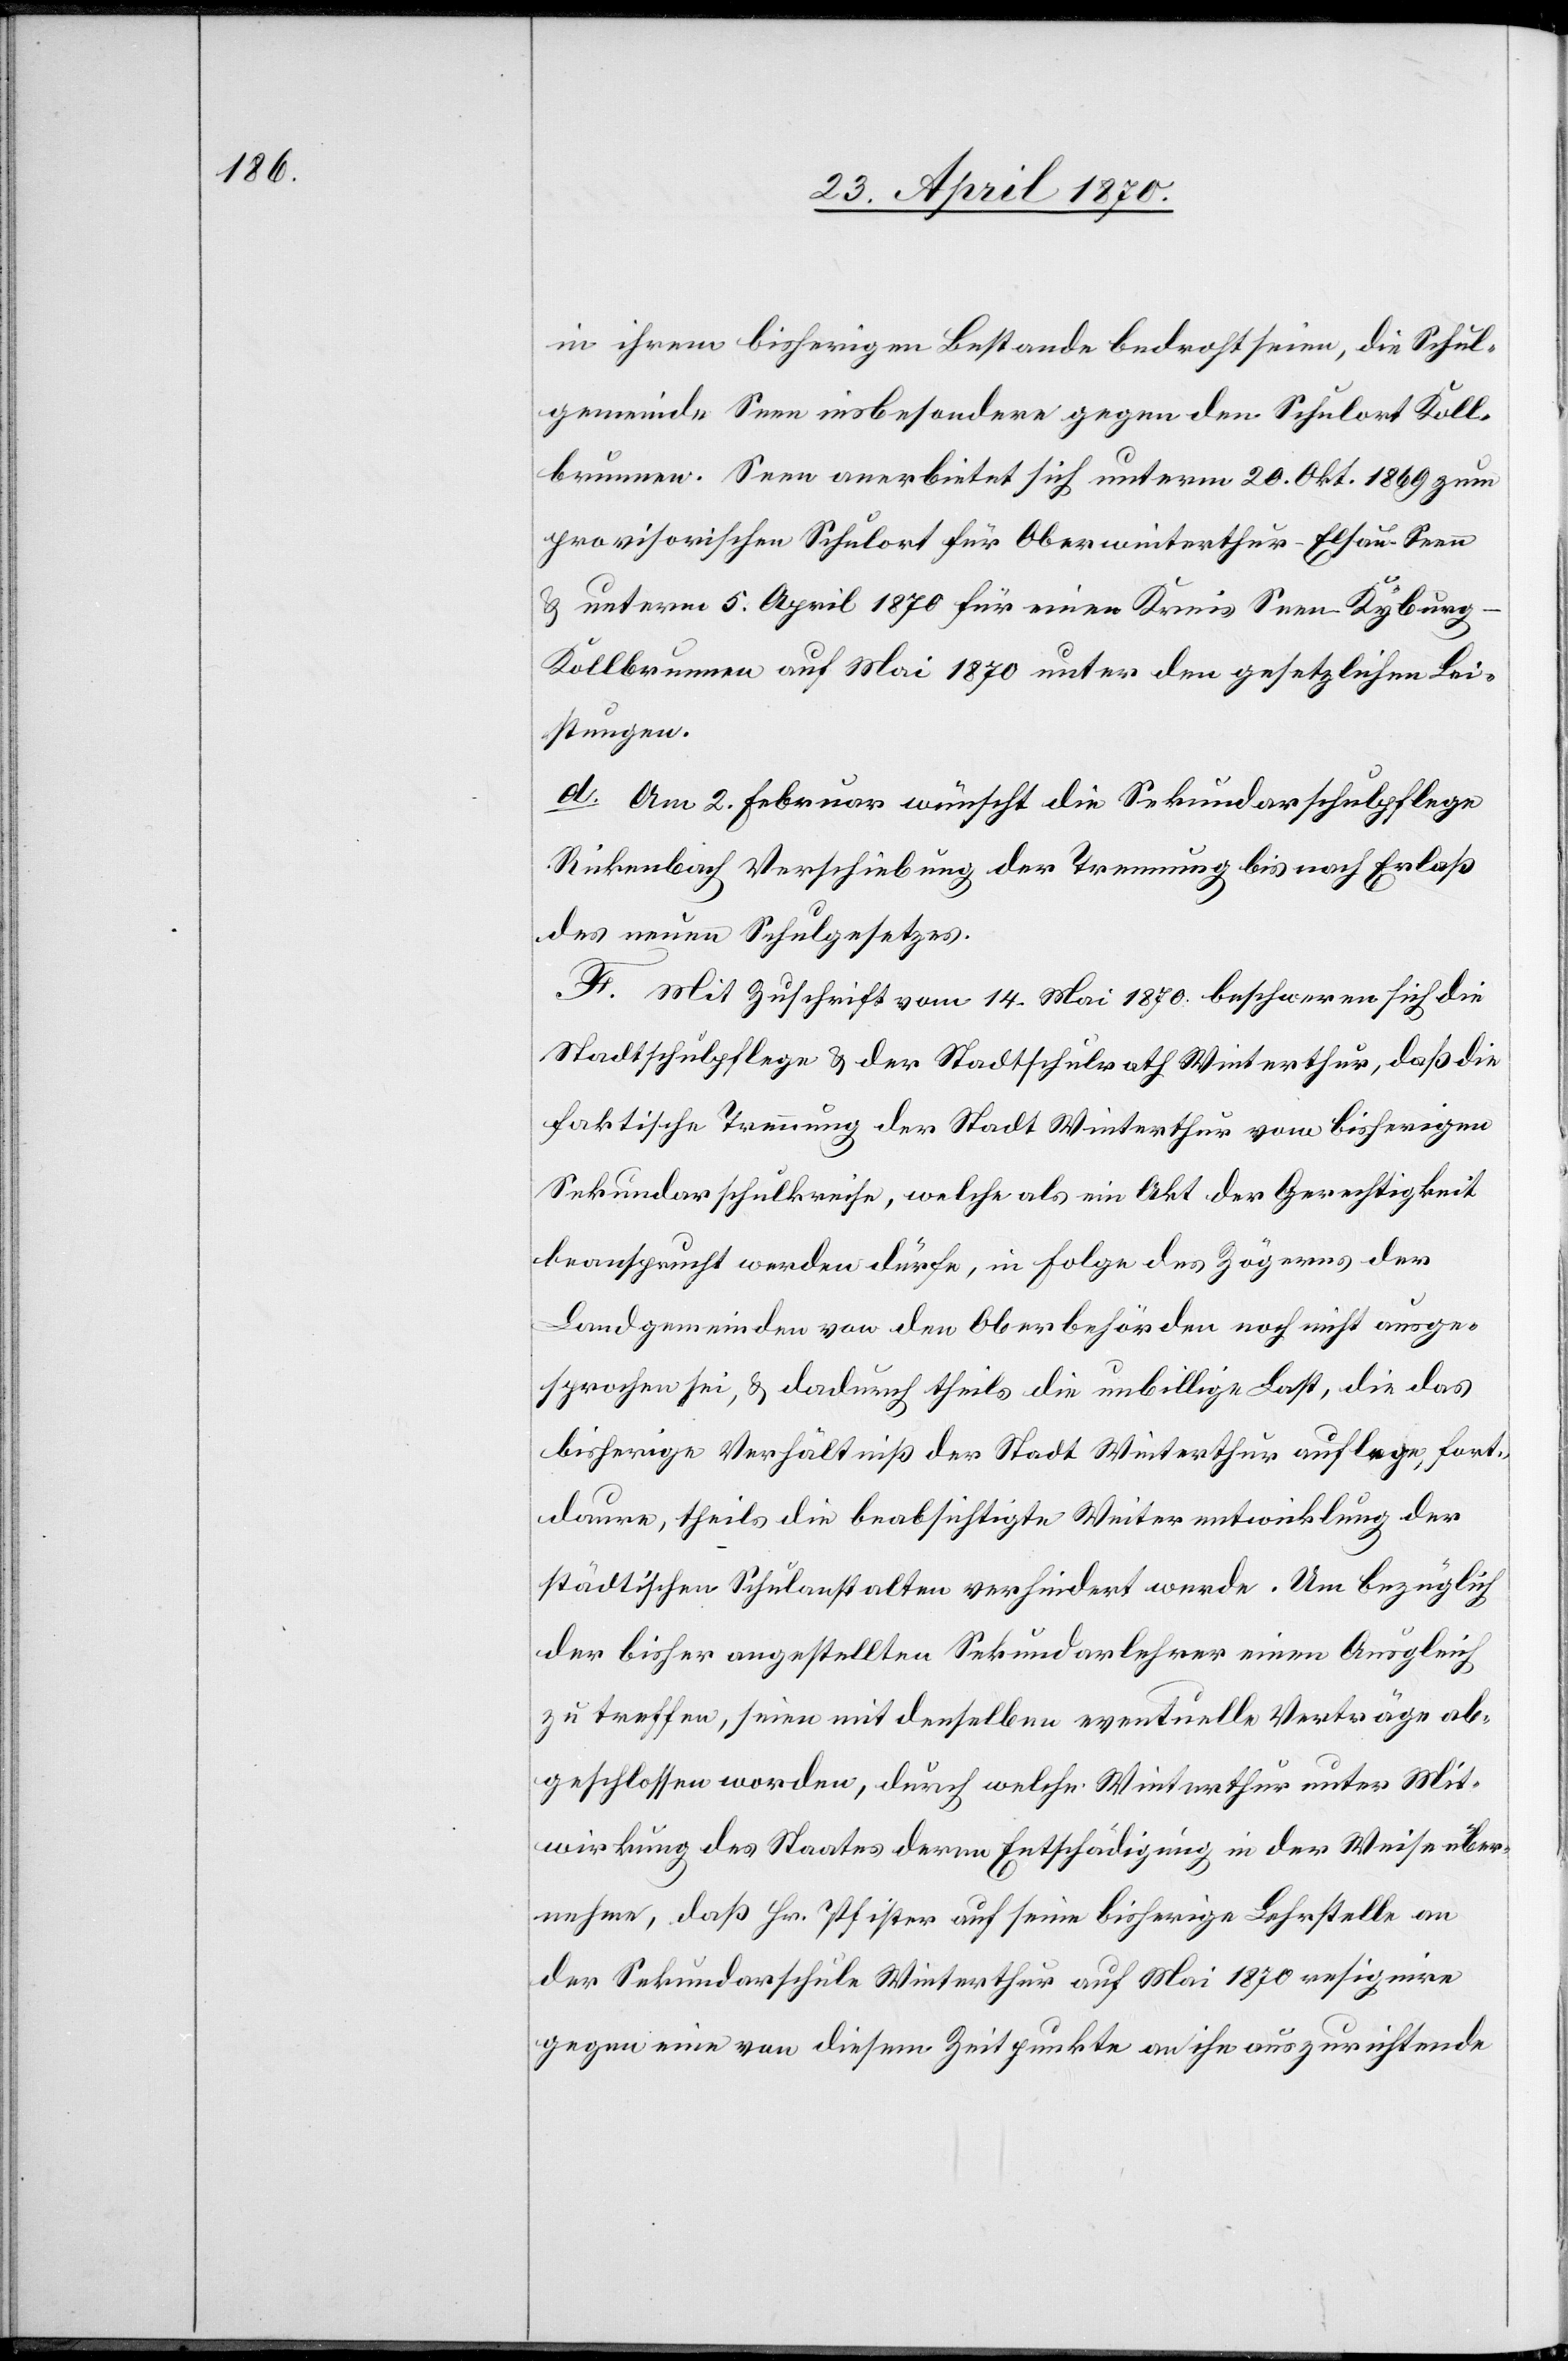
in ihrem bisherigen Bestande bedroht seien, die Schul¬
gemeinde Seen insbesondere gegen den Schulort Koll¬
brunnen. Seen anerbietet sich unterm 20. Okt. 1869 zum
provisorischen Schulort für Oberwinterthur-Elsau-Seen
& unterm 5. April 1870 für einen Kreis Seen-Kyburg-K¬
ollbrunnen auf Mai 1870 unter den gesetzlichen Lei¬
stungen.
d. Am 2. Februar wünscht die Sekundarschulpflege
Rickenbach Verschiebung der Trennung bis nach Erlaß
des neuen Schulgesetzes.
F. Mit Zuschrift vom 14. Mai 1870 beschweren sich die
Stadtschulpflege & der Stadtschulrath Winterthur, daß die
faktische Trennung der Stadt Winterthur vom bisherigen
Sekundarschulkreise, welche als ein Akt der Gerechtigkeit
beansprucht werden dürfe, in Folge des Zögerns der
Landgemeinden von den Oberbehörden noch nicht ausge¬
sprochen sei, & dadurch theils die unbillige Last, die das
bisherige Verhältniß der Stadt Winterthur auflege, fort¬
dauere, theils die beabsichtige Weiterentwicklung der
städtischen Schulanstalten verhindert werde. Um bezüglich
der bisher angestellten Sekundarlehrer einen Ausgleich
zu treffen, seien mit denselben eventuelle Verträge ab¬
geschlossen worden, durch welche Winterthur unter Mit¬
wirkung des Staates deren Entschädigung in der Weise über¬
nehme, daß Hr. Pfister auf seine bisherige Lehrstelle an
der Sekundarschule Winterthur auf Mai 1870 resignire
gegen eine von diesem Zeitpunkte an ihn auszurichtende